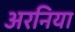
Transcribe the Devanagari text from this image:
अरनिया